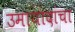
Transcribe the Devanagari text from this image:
उमायादांचा